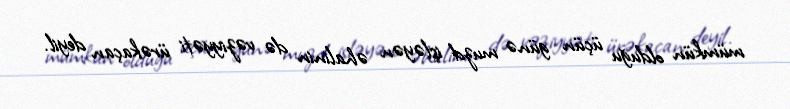
mümkün olduğu üçün günə muzd işləyən əhalinin də vəziyyəti ürəkaçan deyil.